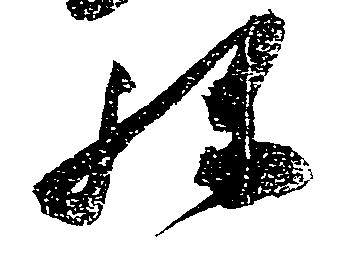
弥